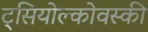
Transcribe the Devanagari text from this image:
ट्सियोल्कोवस्की